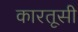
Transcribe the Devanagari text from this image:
कारतूसी